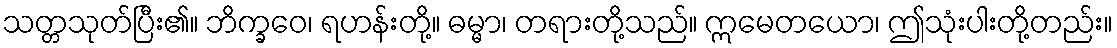
သတ္တသုတ်ပြီး၏။ ဘိက္ခဝေ၊ ရဟန်းတို့။ ဓမ္မာ၊ တရားတို့သည်။ ဣမေတယော၊ ဤသုံးပါးတို့တည်း။